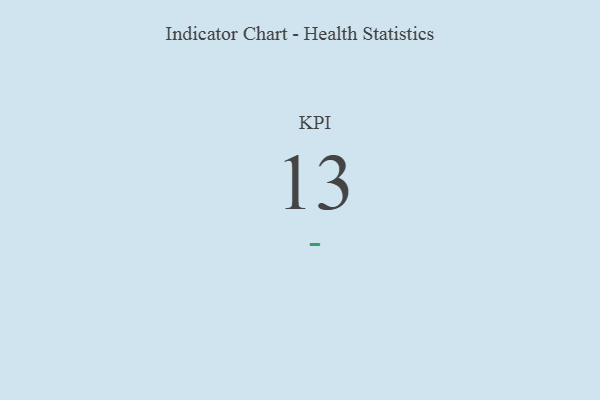
{"axis": {"x": "KPI", "y": "Value"}, "legend": [""], "data": [{"x": "KPI", "y": 13, "type": ""}]}